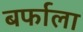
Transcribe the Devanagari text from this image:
बर्फाला